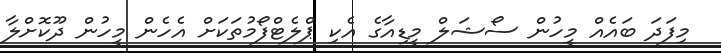
މިފަދަ ބައެއް މީހުން ސޯޝަލް މީޑިއާގެ އެކި ޕްލެޓްފޯމުތަކަށް އެހެން މީހުން ދޫކޮށްލާ